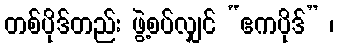
တစ်ပိုဒ်တည်း ဖွဲ့စပ်လျှင် “ဧကပိုဒ်” ၊